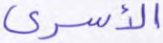
الأسرى